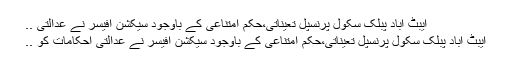
ایبٹ آباد پبلک سکول پرنسپل تعیناتی،حکم امتناعی کے باوجود سیکشن آفیسر نے عدالتی ..
ایبٹ آباد پبلک سکول پرنسپل تعیناتی،حکم امتناعی کے باوجود سیکشن آفیسر نے عدالتی احکامات کو ..